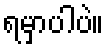
ရမှာပါပဲ။